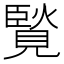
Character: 𧡼